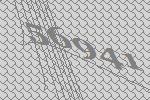
56941